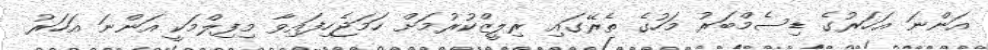
އަންނަ އަހަރުގެ ޑިސެމްބަރު މަހުގެ ތެރޭގައި ރިލީޒްކުރުމަށް ހަމަޖެހިފައިވާ މިފިލްމަކީ އަންނަ އަހަރު